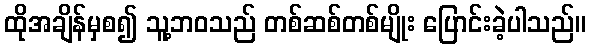
ထိုအချိန်မှစ၍ သူ့ဘဝသည် တစ်ဆစ်တစ်မျိုး ပြောင်းခဲ့ပါသည်။